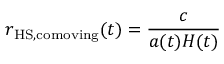
r _ { { \mathrm { H S } } , \mathrm { c o m o v i n g } } ( t ) = { \frac { c } { a ( t ) H ( t ) } }